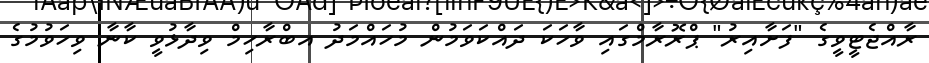
ރާއްޖެޓީވީގެ "ފަށާއިރު" ޕްރޮރާމްގައި ވާހަކަ ދައްކަވަމުން މުހައްމަދު އބްރާހިމް ވިދާޅުވީ ކާނާ ވިހަވުމުގެ